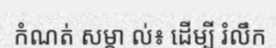
កំណត់ សម្គា ល់៖ ដើម្បី រំលឹក